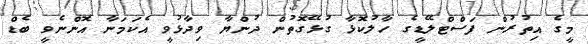
މީގެ އިތުރުން ފަސްޓްލޭޑީގެ ހާލުކޮޅާ ގުޅޭގޮތުން ދުންޔާ ވިދާޅުވީ އެކަމަނާ އޮންނެވީ ބެޑް